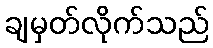
ချမှတ်လိုက်သည်